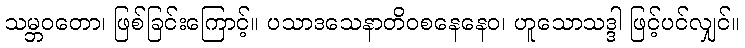
သမ္ဘဝတော၊ ဖြစ်ခြင်းကြောင့်။ ပသာဒသေနာတိဝစနေနေဝ၊ ဟူသောသဒ္ဒါ ဖြင့်ပင်လျှင်။